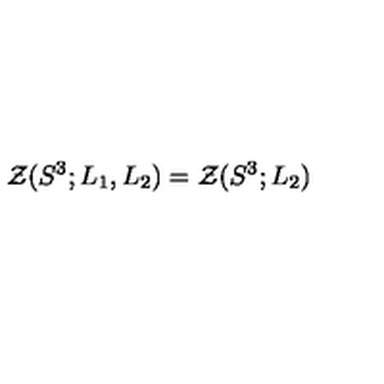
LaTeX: { \cal Z } ( S ^ { 3 } ; L _ { 1 } , L _ { 2 } ) = { \cal Z } ( S ^ { 3 } ; L _ { 2 } )